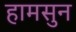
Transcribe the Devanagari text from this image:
हामसुन